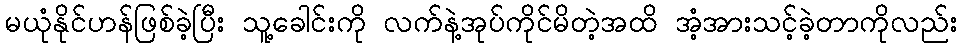
မယုံနိုင်ဟန်ဖြစ်ခဲ့ပြီး သူ့ခေါင်းကို လက်နဲ့အုပ်ကိုင်မိတဲ့အထိ အံ့အားသင့်ခဲ့တာကိုလည်း